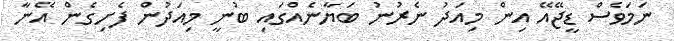
ނަމަވެސް ޑީޖޭއޭ އިން މިއަދު ނެރުނު ބަޔާނެއްގައި ބުނީ މިއަދުން ފެށިގެން އޭނާ